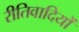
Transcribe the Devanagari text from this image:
रीतिवादियों